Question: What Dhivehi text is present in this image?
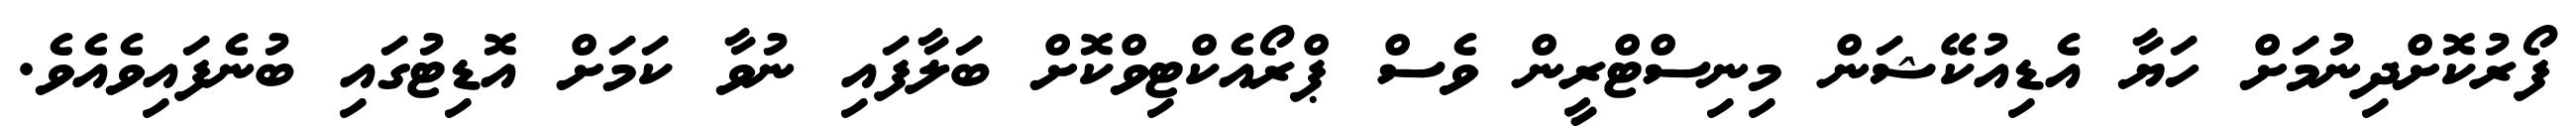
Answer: ފޯރުކޮށްދިނުމަށް ހަޔާ އެޑިއުކޭޝަން މިނިސްޓްރީން ވެސް ޕްރޯއެކްޓިވްކޮށް ބަލާފައި ނުވާ ކަމަށް އޮޑިޓުގައި ބުނެފައިވެއެވެ.